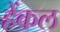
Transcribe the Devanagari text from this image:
हेंकल